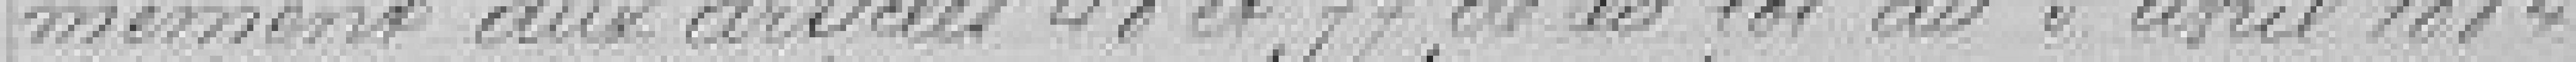
mément aux articles 18 et 77 de la loi du 5 avril 1884